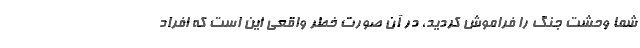
شما وحشت جنگ را فراموش کردید، در آن صورت خطر واقعی این است که افراد